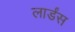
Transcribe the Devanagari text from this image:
लार्डंस